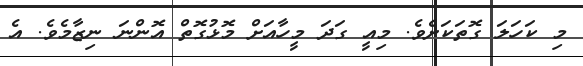
މި ކަހަލަ ގޮތަކަށެވެ. މިއީ ގަދަ މީހާއަށް މޮޅުގޮތް އޮންނަ ނިޒާމެވެ. އެ